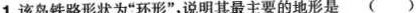
1.该岛铁路形状为”环形”，说明其最主要的地形是 （ ）